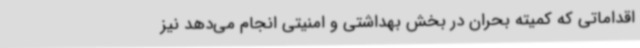
اقداماتی که کمیته بحران در بخش بهداشتی و امنیتی انجام می‌دهد نیز